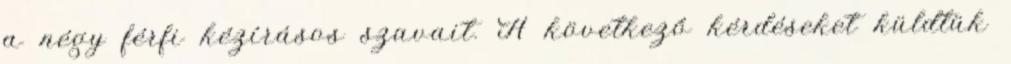
a négy férfi kézírásos szavait. A következő kérdéseket küldtük